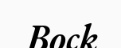
Bock